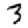
Digit: 3